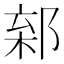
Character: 𨜎